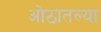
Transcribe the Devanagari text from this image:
ओठातल्या